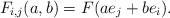
LaTeX: \begin{align*}F_{i,j}(a,b)=F(ae_{j}+be_{i}).\end{align*}